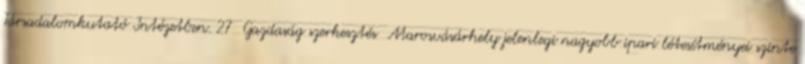
Társadalomkutató Intézetben. 27 Gazdaság szerkesztés Marosvásárhely jelenlegi nagyobb ipari létesítményei szinte